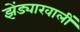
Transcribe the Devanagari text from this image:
झेंड्याखालीं